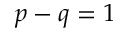
p - q = 1